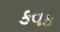
કવક